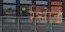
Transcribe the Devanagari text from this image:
र्रसोई